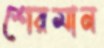
শেরমান